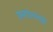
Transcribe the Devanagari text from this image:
जसवंतनेही